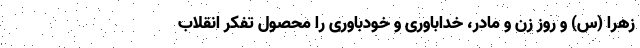
زهرا (س) و روز زن و مادر، خداباوری و خودباوری را محصول تفکر انقلاب